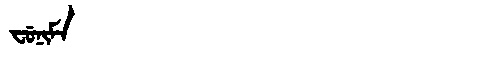
Manchu: ᠸᡠᠨᡳᠮᠠ
Romanization: FUNIMA